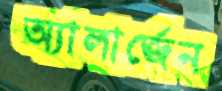
অ্যালার্জেন